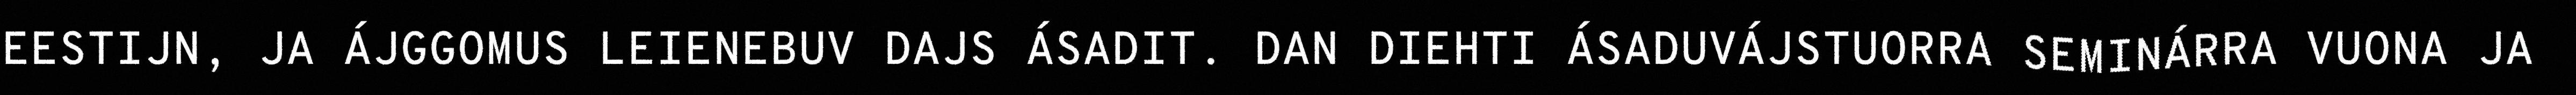
EESTIJN, JA ÁJGGOMUS LEIENEBUV DAJS ÁSADIT. DAN DIEHTI ÁSADUVÁJSTUORRA SEMINÁRRA VUONA JA